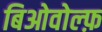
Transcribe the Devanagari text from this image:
बिओवोल्फ़